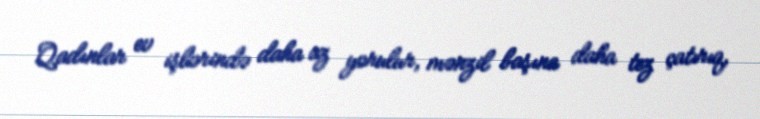
Qadınlar ev işlərində daha az yorulur, mənzil başına daha tez çatırıq,